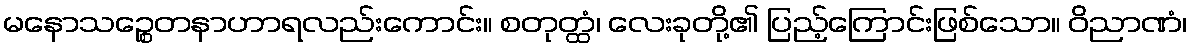
မနောသဉ္စေတနာဟာရလည်းကောင်း။ စတုတ္ထံ၊ လေးခုတို့၏ ပြည့်ကြောင်းဖြစ်သော။ ဝိညာဏံ၊